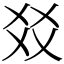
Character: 㸚